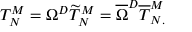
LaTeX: T _ { N } ^ { M } = \Omega ^ { D } \widetilde { T } _ { N } ^ { M } = \overline { { { \Omega } } } ^ { D } \overline { { { T } } } _ { N . } ^ { M }